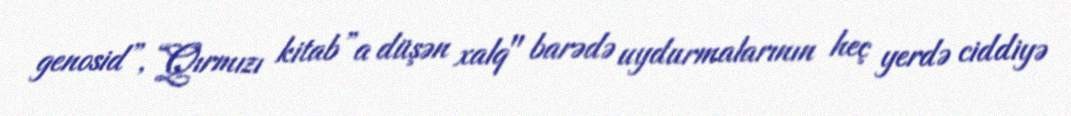
genosid”, “Qırmızı kitab”a düşən xalq" barədə uydurmalarının heç yerdə ciddiyə